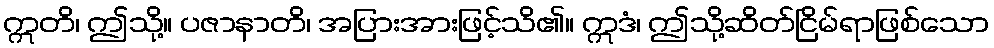
ဣတိ၊ ဤသို့။ ပဇာနာတိ၊ အပြားအားဖြင့်သိ၏။ ဣဒံ၊ ဤသို့ဆိတ်ငြိမ်ရာဖြစ်သော